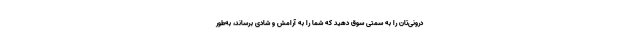
درونی‌تان را به سمتی سوق دهید که شما را به آرامش و شادی برساند، به‌طور